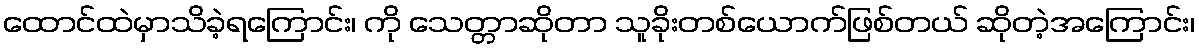
ထောင်ထဲမှာသိခဲ့ရကြောင်း၊ ကို သေတ္တာဆိုတာ သူခိုးတစ်ယောက်ဖြစ်တယ် ဆိုတဲ့အကြောင်း၊